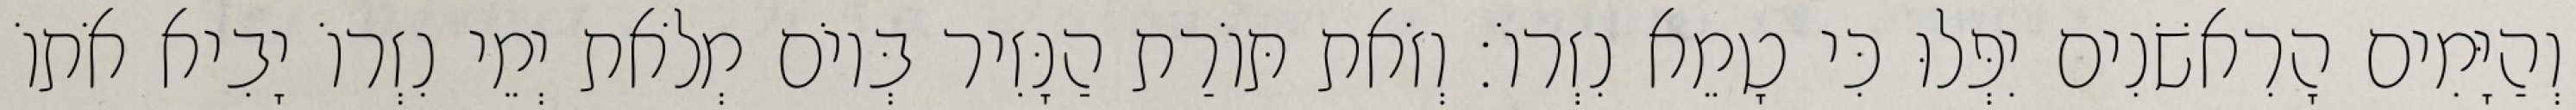
וְהַיָּמִים הָרִאשֹׁנִים יִפְּלוּ כִּי טָמֵא נִזְרוֹ׃ וְזֹאת תּוֹרַת הַנָּזִיר בְּיוֹם מְלֹאת יְמֵי נִזְרוֹ יָבִיא אֹתוֹ